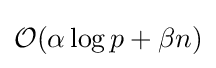
{\mathcal {O}}(\alpha \log p+\beta n)